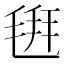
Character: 𣮚